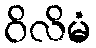
ဝိလိမံ